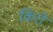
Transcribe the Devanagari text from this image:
किरों